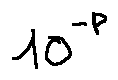
1 0 ^ { - p }